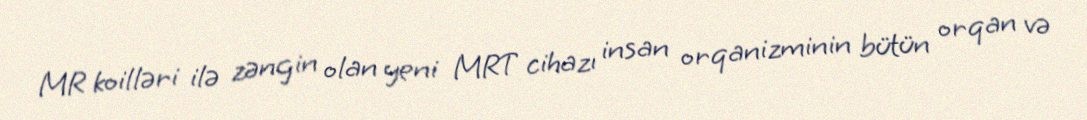
MR koilləri ilə zəngin olan yeni MRT cihazı insan orqanizminin bütün orqan və